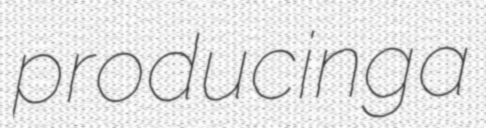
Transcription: producing a